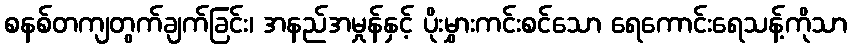
စနစ်တကျတွက်ချက်ခြင်း၊ အနည်အမှုန်နှင့် ပိုးမွှားကင်းစင်သော ရေကောင်းရေသန့်ကိုသာ